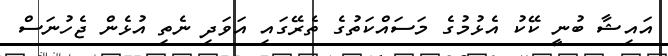
އައިޝާ ބުނީ ކޭކު އެޅުމުގެ މަސައްކަތުގެ ތެރޭގައި އަވަދި ނެތި އުޅެން ޖެހުނަސް